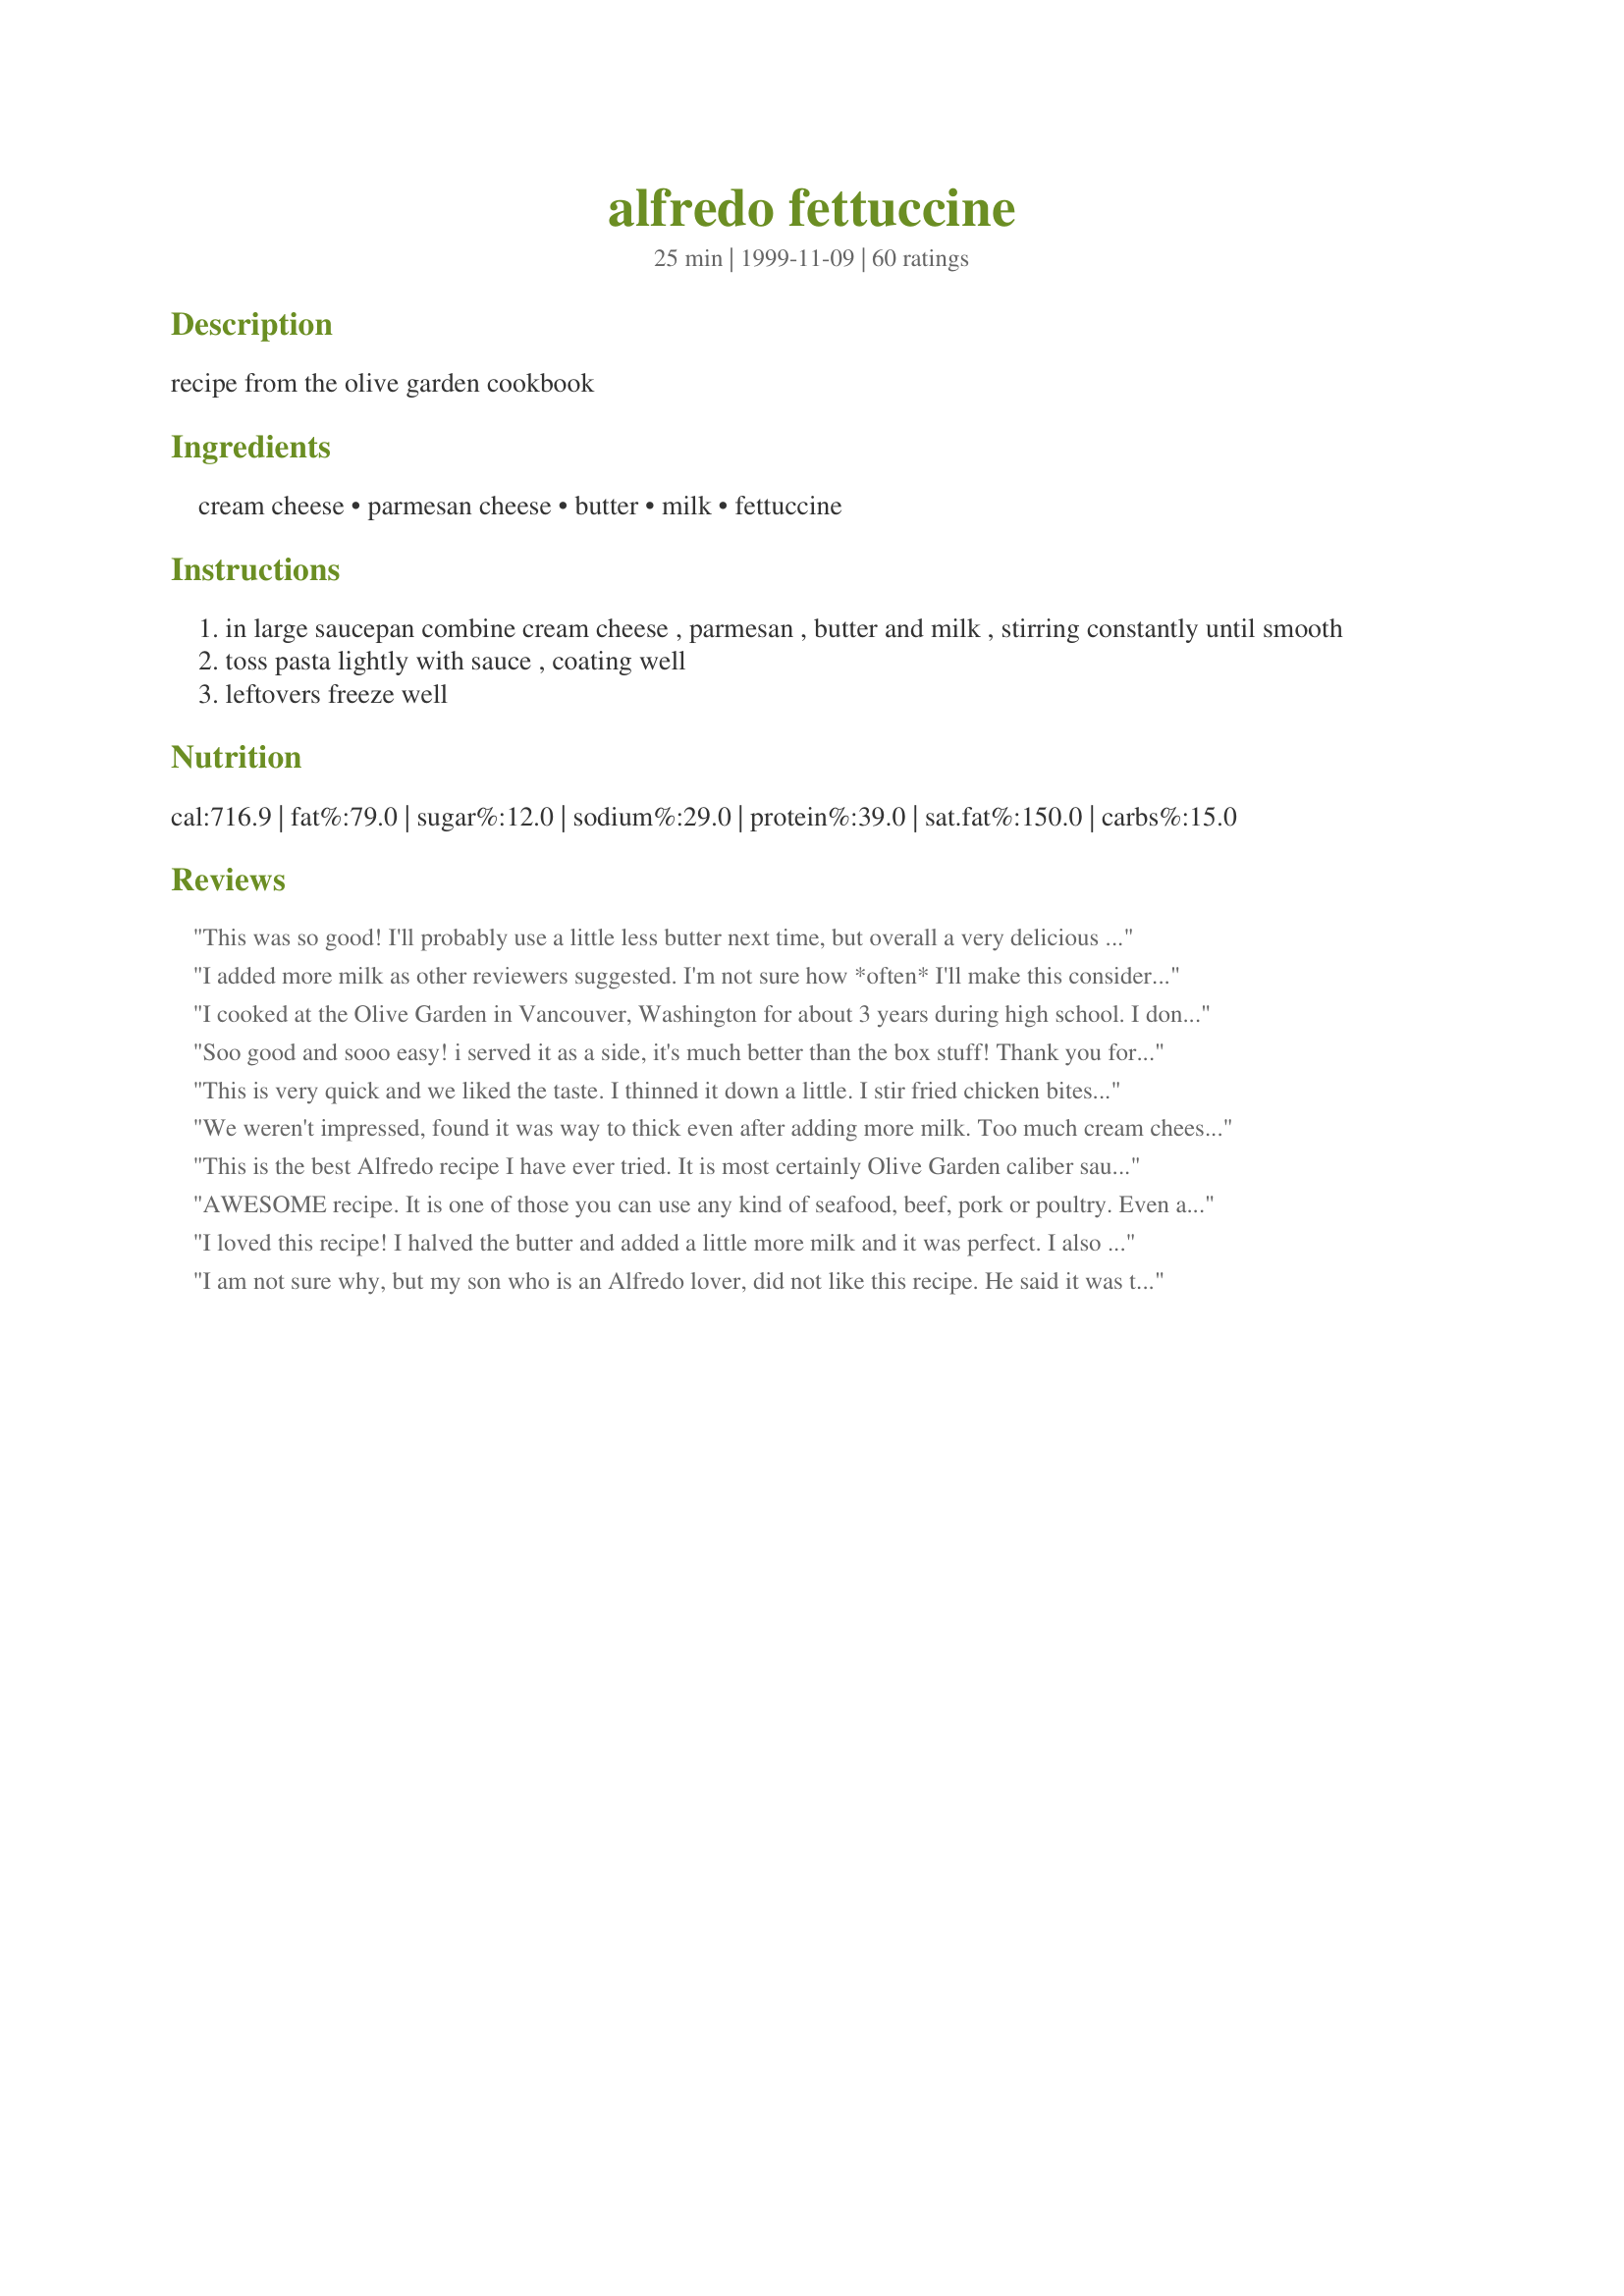
alfredo fettuccine
Preparation time: 25 minutes

recipe from the olive garden cookbook

Ingredients:
cream cheese, parmesan cheese, butter, milk, fettuccine

Steps:
in large saucepan combine cream cheese , parmesan , butter and milk , stirring constantly until smooth
toss pasta lightly with sauce , coating well
leftovers freeze well

Reviews:
This was so good! I'll probably use a little less butter next time, but overall a very delicious recipe! I also did not use all of the recommended cream cheese and it turned out perfect.
I added more milk as other reviewers suggested. I'm not sure how *often* I'll make this considering the high cal content but it was definitely worth it for a small side dish. Thanks!
I cooked at the Olive Garden in Vancouver, Washington for about 3 years during high school. I don't remember the recipe exactly, but this is definately as close as I could do trying to come up with it again. It sure tastes like it. Very good.
Soo good and sooo easy! i served it as a side, it's much better than the box stuff! Thank you for this!
This is very quick and we liked the taste. I thinned it down a little. I stir fried chicken bites and poured it over them. Very good!
We weren't impressed, found it was way to thick even after adding more milk. Too much cream cheese. Taste was bland so we added garlic and made it edible.
This is the best Alfredo recipe I have ever tried. It is most certainly Olive Garden caliber sauce. However, I did double the milk to thin it down a little. I generally make it with recipe # 216281.
AWESOME recipe. It is one of those you can use any kind of seafood, beef, pork or poultry. Even a combination. I also used a little garlic and for the presentation and extra flavor, added a little bit of parsley flakes and chive on top before serving. Garlic bread makes a great addition to this recipe.
I loved this recipe! I halved the butter and added a little more milk and it was perfect. I also added broccoli with the pasta and it was divine.
I am not sure why, but my son who is an Alfredo lover, did not like this recipe. He said it was too cream cheesy. I thought it was pretty good. It did need to be thinned out some with some extra milk.
A quick and easy meal you can put on the table fast. I added some cooked chicken breast pieces, about 1tsp garlic powder, a dash of basil and some freshly ground pepper at the end. I also added more milk as it reduced down. The sauce for the recipe as is might be a little thick for most but is pretty close to Olive Garden's. My 12 year old step-daughter said it was the best meal she'd ever eaten.
I doubled this recipe for company and made two 12 oz boxes of fettucine noodles. It was delicious. Next time I will reduce the amount of butter. It had butter floating around the outside of the pot. There was plenty of sauce for that amount of pasta. I did add a little more milk, too. I will make it again!
My Husband Loved this dish! I added Chicken, 1 clove of garlic and some shaker pepper. I felt that it was a little to rich for me.. Next Time I would add some more milk and less cheese! All in All it was quite tasty!!
This leaves me speechless
Easy, tasty & quick. My kind of meal. Thanks for posting!
This was a really good dish. I made it for my husband on Valentines Day. We dont drink so we had Welchs sparkling grape jucie and a salad and a dark chocolate cake. It was quick and easy it took 10 to 13 minutes for the pasta to cook, but its not like you have to sit and watch it, so you can prepare the other parts of the dish. It took me about 5 minutes to make the sauce. I added a litlle more milk and i used parmensan and romano chesses and added shrimp.Im making it again tonight. It was great.
I LOVED this recipe, especially since it's "healthier" for you since it doesn't use heavy cream like almost ALL other ones! I used 1% milk and Neufachtl cheese (light cream cheese)... made it several times---- I would DEFINITELY recommend adding garlic powder to make it more "authentic"... I also used 3/4 of the amount of cream cheese recommended b/c the first time it was just too "Cream cheesy"... reducing the amount of cream cheese helped a LOT--- love it even MORE now (if that's possible!)
Delicious and EASY! I actually doubled the recipe to make with 1 lb whole wheat fettuccine and broccoli. When I doubled the recipe, the only change I made was to use about 1/2 - 3/4 cup extra of the milk, and the sauce was still nice and creamy. I also used freshly grated Pecorino Romano cheese, since that's what we had on hand. My girlfriend and I just about DEVOURED the entire pound of pasta! This recipe is now my new basic alfredo sauce, since it it much more likely for me to have cream cheese on hand then heavy cream. Thanks!
Outstanding I added 10 oz chopped spinich, a little salt and a little more milk. My kids who will not touch spinich licked there plates clean. Thanks for such a great recipe.
We enjoyed this recipe very much. This was inexpensive, yet produced a very satisfying dish in just minutes. This sauce is quite rich and just a little too thick - as some of the previous reviewers have suggested, I think I'd prefer it just a bit thinner - perhaps adding a little more milk next time, or even reducing some of the cream cheese.
Awsume, Its a keeper.

With Shrimp, Used Garlic Cream Cheese. Sauce got a little to thick next time add more olive oil & or milk or both.
Delicious! I added a bit of pepper to the sauce and it's great. Much cheaper than going to Olive Garden for a plate of their Fettuccine.
It was good. I don't think it tasted like Olive Garden but maybe that's because this one I had to make myself. Everything tastes better when someone else sits it down in front of you. :) I like this and would make it again.
I have made this a few times now. Every one loves it. I like to add garlic shrimp, chicken and broccoli to the sauce, and I add more milk to thin it out. Thanks for sharing!
We thought this was just ok. A little cream cheesy for my taste and it was very thick so I added some more milk. It was very easy to make just not my taste for alfredo.
This recipe is wonderful! Rich, thick, and creamy... Exactly as alfredo should be! Make sure you do stir constantly, as the grated parmesan takes a bit more time to melt and otherwise it can taste a bit chalky. I prefer having a thinner alfredo sauce, so I added 2 or 3 peeled plum tomatoes that I diced and crushed/shredded and a couple tablespoons of the juices they're canned in. Doing it this way doesn't make it taste or look like traditional alfredo sauce, but it does put a very pleasant spin on a tradional recipe! Thanks so much for sharing!
after adding more milk to thin it out a bit, this dish is just wonderful.
My family was not very impressed with this recipe. All we could taste was cream cheese.
Thanks for sharing the recipe though.
I really liked this recipe. It actually tastes very close to the Olive Garden version. The only reason why I gave it 4 stars instead of 5 was because it turned out a little on the thick side, which I noticed a couple of other people noted as well. Otherwise, an excellent recipe that I will try again with a few tweaks to see if I can get the sauce to be less thick.
The recipe was very simple, easy and quick. As with the other reviews, I added milk to the sauce so it wouldn't be so thick. We had a simple fettuccine, alfredo sauce with grilled chicken breast. It is a keeper in my recipe book.
SUPER EASY!! Delicious - it is my favorite dish at Olive Garden - I'm SO glad I can make it at home now...even better! Thank you! I also added more milk - it gets really thick really fast but that happens with these kind of meals! YUM!
Wonderful...rave reviews in my house. Added left over lemon pepper rotisserie reinvented (adding white wine and more lemon pepper and sautÃ©ing)...bringing those flavors in with this excellent Alfredo was just awesome. I was told to put this in the keeper file. The only thing I added was black pepper (1/4 tsp) to the Alfredo and used 1/2 & 1/2.
This was delicious and very easy. I too added a little more milk and also added chopped jalepenos & fresh garlic.
Excellent, I would definately make it again! I added chicken, pepper, and extra milk.
Good Recipe!
This was easy and great tasting. I think it tastes very close to Olive Gardens and a lot cheaper! I added an extra 1/2 cup milk, a clove of garlic and about an 1/8 tsp of pepper. Very filling=)
This is a simple recipe and we have it frequently. I double Parmesan and milk to get a little more out of it, but the original recipe is great.
This was DELICOUS! Definately a keeper. I will be adding this to my list of favorite things to make for dinner. It was easy, quick and inexpensive. I have never ate this dish at 'The Olive Garden', but I can't imagine it tasting much better! The only thing I changed, was to add more parmesan cheese. The sauce gets pretty thick and you should serve it immediately after making it. We left it on the stove mixed with the Fettucine while we made potatoes, and in 10 minutes it got very sticky and the noodles were clumped together. It was still realllly goood, though. We added shrimp to ours and it turned out wonderful.
I cut the cream cheese in 1/2, added about 1/4 C more parmesan, about 1/4 C romano, black pepper, and a pinch of nutmeg. I mixed it with penne, chicken, and sauteed broccoli. It was delicious!
Pure Heaven! I have never made an alfedo sauce that tasted better then this one.
I knew I'd got the idea for puting cream cheese in milk from somewhere...Makes a perfectly acceptable cheese sauce in a hurry...
Awesome! Just like restaurant quality. I agree with the previous posts about it being too thick though. I added more milk and next time I think I will use less cream cheese. I used low-fat cream cheese and low-fat parmesan and it was still fantastic!! I topped it with crumbled bacon and served with green peas and crusty bread. We felt like we were eating out! :o)
This was very easy and very good. After reading the reviews i added some garlic powder, salt, pepper and extra milk (1%). I also only used 6 tablespoons of butter. Unfortunately the kids still prefer the packaged Knorr fettuccine alfredo. Hubby and i really enjoyed it though. Thanks for posting.
I had never tried making an alfredo sauce before -this was tasty and simple. I added extra milk per others' suggestions (maybe 3/4 cup instead of 1/2). I mixed in some cooked peeled shrimp, blanched broccoli, and peeled chopped fresh tomatoes, each warmed a bit before adding to the sauce.
This was delicious. I added minced garlic to the sauce. Then added crabmeat and shrimp and served over fettucini. FANTASTIC!
I made this for my husband and son and they absolutely loved it! I too added a little more milk (skim) to make it "less creamy" and added some fresh grated black pepper for taste, will definately make it again! thanks!
I loved this Alfredo recipe. It was delicious. Such a great rich flavorful meal. After reading all the reviews I went ahead and put in an extra 1/2 cup of milk as well a clove of garlic with some salt and pepper. This turned out to be the perfect consistency. Did I mention how good this was? Who needs Olive Garden? Thanks so much for posting Irene.
The taste of the cream cheese was too strong. I did not like this very well.
This sauce was pretty tasty but a little too thick. I added a little more milk and a little more butter to make it creamier. I also add salt and pepper to taste. I was surprised on how easy it was to make alfredo sauce. :-)
Yummy!!! My boyfriend loved this meal! Simple and delicious. THANKS!!
LOVE,LOVE,LOVE!!! My family and I ate this up! I doubled the recipe in hopes there would be some leftovers, I got lucky enough to have about 1/4 a cup the next day, I used it up on crackers and that was great as well. I did do what some of the other reviews said and added more milk.
Very close to Olive Garden... I did have to thin it out a bit with milk but still very delicious. I now have a new Alfredo recipe, thanks!
Soooooooooooooooo GoooooooooooD!!!

SAUCE A LITTLE THICK, ADD MILK TO THIN OUT IF SO DESIRED
My kids and I loved this recipe. I added garlic powder as others recommended. I also used small bow tie pasta. Wonderful recipe. Easy to make, delicious to eat and freezes well. Thanks for sharing!
Eh. This was okay. As everyone else said, the sauce is way too thick. Less cream cheese and more milk. I like the idea of using cream cheese in a cream sauce, but the texture ended up weird. Maybe a different kind of cream cheese would be better?
At last! I love the Olive Garden's alfredo sauce and I've been looking for a good version to make at home. This is it! Thank you very much for posting this. I would suggest using a little bit of pasta water to thin it for those who want it thinner. That way it won't get to "milky." Thanks again!
Amazing and so easy! I'd never made my own alfredo sauce before. We just loved it. I added a little nutmeg and cracked pepper. Yum!
Not to sound like a broken record, but I prefer it with a little more milk and butter to thin it out. I added a lot of nutmeg and fresh ground pepper. Very very good.
I added some garlic and herbs into the butter before adding the cream cheese and milk, and also thinned the sauce down quite a bit (probably closer to 1 1/4 cups of milk). It was delicious though, super fast and easy to put together and tasted more like an authentic alfredo sauce than I expected. Will definitely make again.
This was a pretty good recipe. It was a little thick for me. Next time I will use a little less cream cheese and more milk and parmesan.
